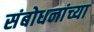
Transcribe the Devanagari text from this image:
संबोधनांच्या